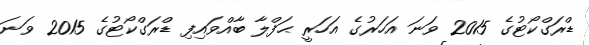
ޑްރަގްކޯޓުގެ 2015 ވަނަ އަހަރުގެ އަހަރީ ޙަފްލާ ބާއްވައިފި ޑްރަގްކޯޓުގެ 2015 ވަނަ